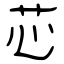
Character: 芯